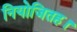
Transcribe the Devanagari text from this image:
नियोजितह।